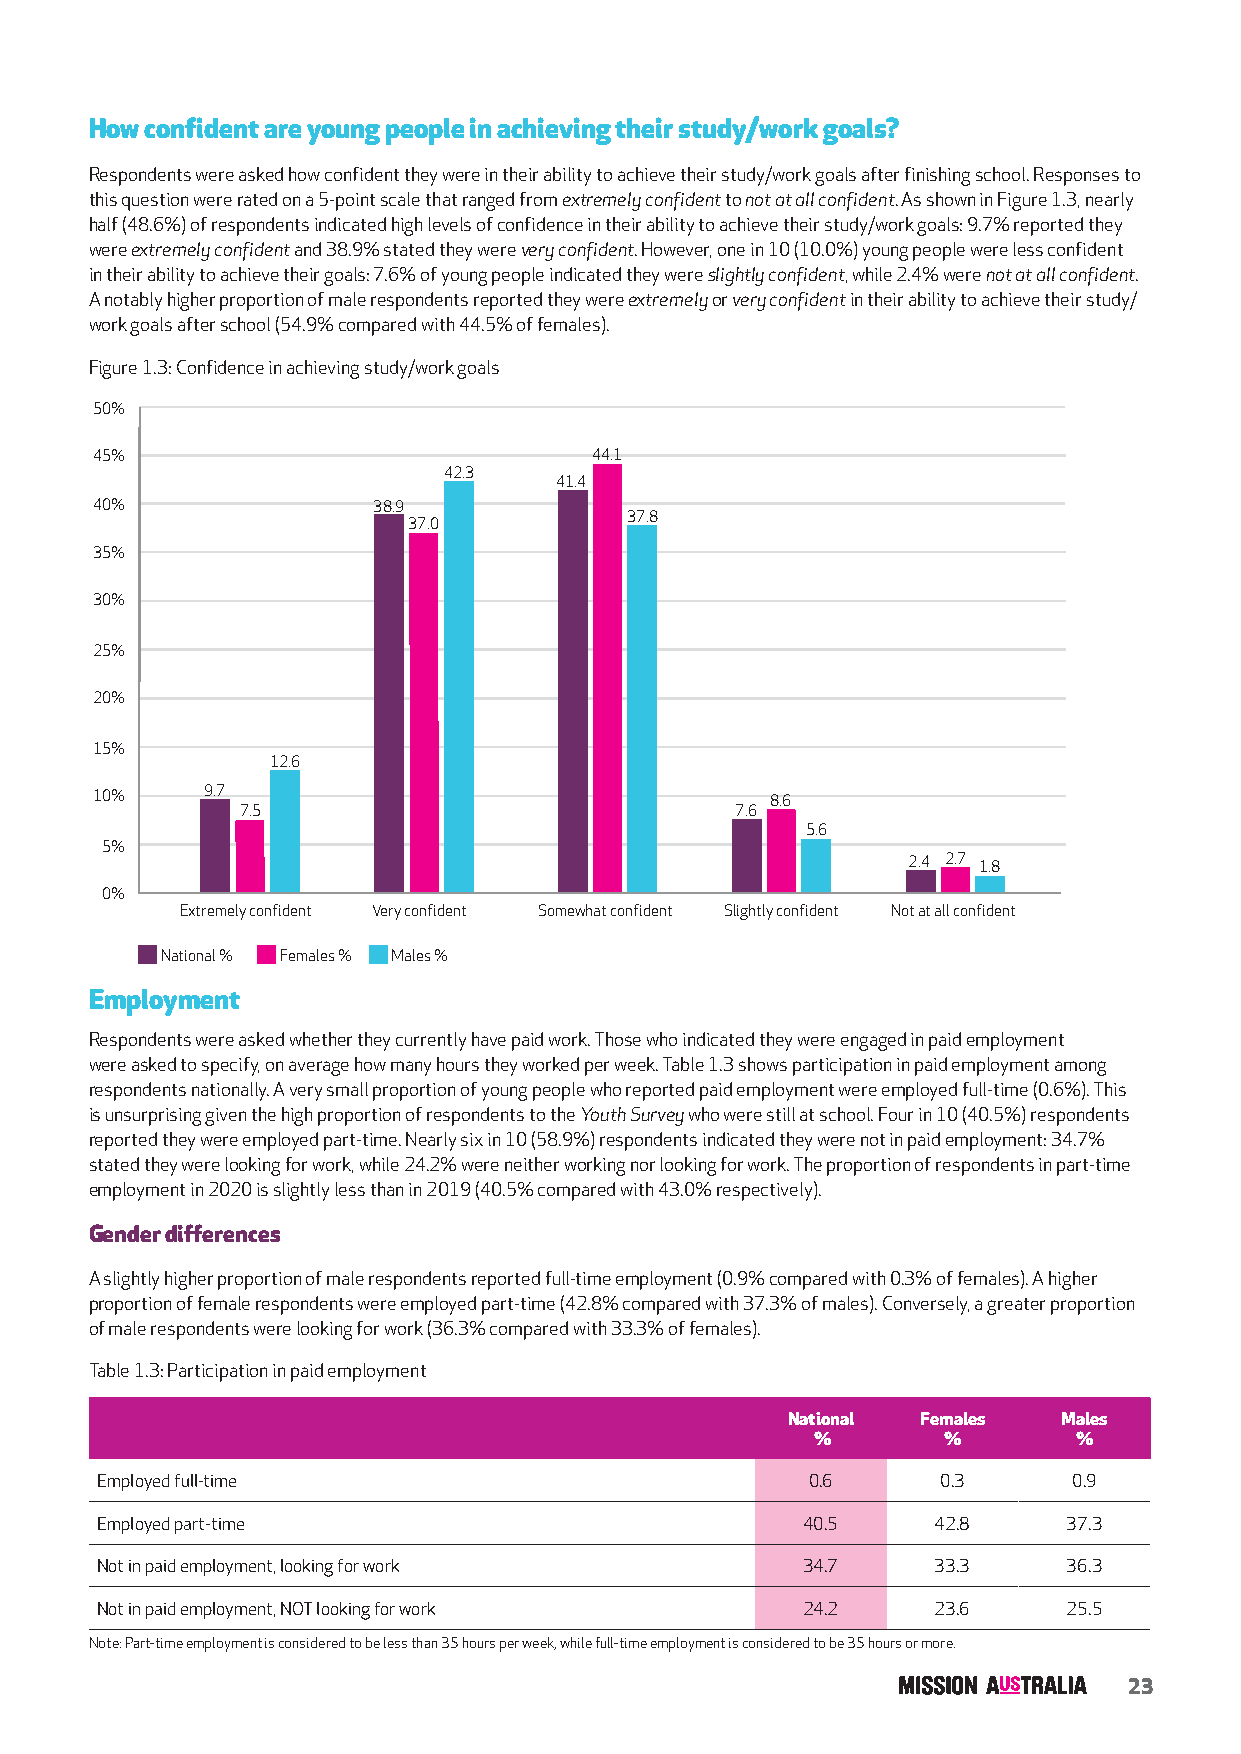
How confident are young people in achieving their study/work goals?
 Respondents were asked how confident they were in their ability to achieve their study/work goals after finishing school. Responses to
 this question were rated on a 5-point scale that ranged from extremely confident to not at all confident. As shown in Figure 1.3, nearly
 half (48.6%) of respondents indicated high levels of confidence in their ability to achieve their study/work goals: 9.7% reported they
 were extremely confident and 38.9% stated they were very confident. However, one in 10 (10.0%) young people were less confident
 in their ability to achieve their goals: 7.6% of young people indicated they were slightly confident, while 2.4% were not at all confident.
 A notably higher proportion of male respondents reported they were extremely or very confident in their ability to achieve their study/
 work goals after school (54.9% compared with 44.5% of females).
 Figure 1.3: Confidence in achieving study/work goals
 50%
 45%                              44.1
 42.3
 41.4
 40%                38.9
 37.8
 37.0
 35%
 30%
 25%
 20%
 15%
 12.6
 10%     9.7                                  8.6
 7.5                              7.6
 5.6
 5%
 2.4 2.7 1.8
 0%
 Extremely confident Very confident Somewhat confident Slightly confident Not at all confident
 National % Females % Males %
 Employment
 Respondents were asked whether they currently have paid work. Those who indicated they were engaged in paid employment
 were asked to specify, on average how many hours they worked per week. Table 1.3 shows participation in paid employment among
 respondents nationally. A very small proportion of young people who reported paid employment were employed full-time (0.6%). This
 is unsurprising given the high proportion of respondents to the Youth Survey who were still at school. Four in 10 (40.5%) respondents
 reported they were employed part-time. Nearly six in 10 (58.9%) respondents indicated they were not in paid employment: 34.7%
 stated they were looking for work, while 24.2% were neither working nor looking for work. The proportion of respondents in part-time
 employment in 2020 is slightly less than in 2019 (40.5% compared with 43.0% respectively).
 Gender differences
 A slightly higher proportion of male respondents reported full-time employment (0.9% compared with 0.3% of females). A higher
 proportion of female respondents were employed part-time (42.8% compared with 37.3% of males). Conversely, a greater proportion
 of male respondents were looking for work (36.3% compared with 33.3% of females).
 Table 1.3: Participation in paid employment
 National Females  Males
 %       %        %
 Employed full-time                             0.6      0.3      0.9
 Employed part-time                             40.5     42.8     37.3
 Not in paid employment, looking for work       34.7     33.3     36.3
 Not in paid employment, NOT looking for work   24.2     23.6     25.5
 Note: Part-time employment is considered to be less than 35 hours per week, while full-time employment is considered to be 35 hours or more.
 23